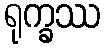
ရုက္ခဿ